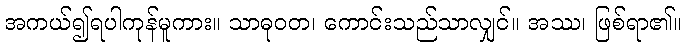
အကယ်၍ရပါကုန်မူကား။ သာဓုဝတ၊ ကောင်းသည်သာလျှင်။ အဿ၊ ဖြစ်ရာ၏။